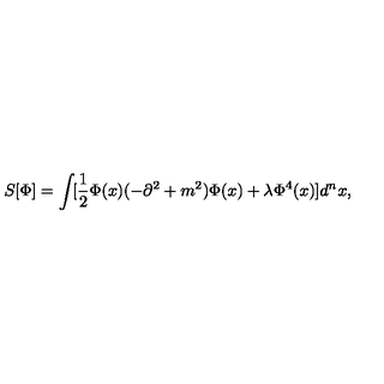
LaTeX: S [ \Phi ] = \int \! [ \frac { 1 } { 2 } \Phi ( x ) ( - \partial ^ { 2 } + m ^ { 2 } ) \Phi ( x ) + \lambda \Phi ^ { 4 } ( x ) ] d ^ { n } x ,